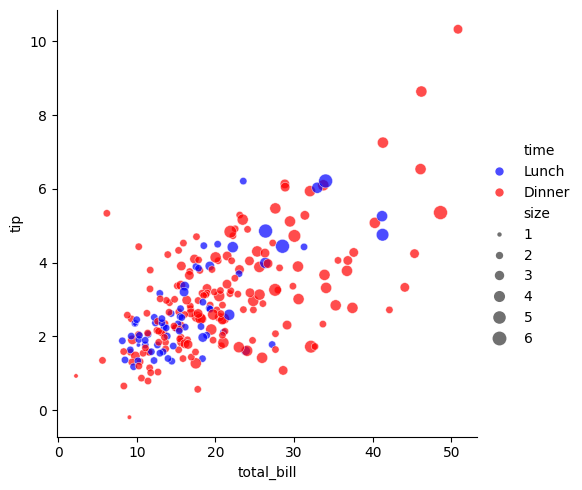
python, seaborn, relplot, alpha=0.7